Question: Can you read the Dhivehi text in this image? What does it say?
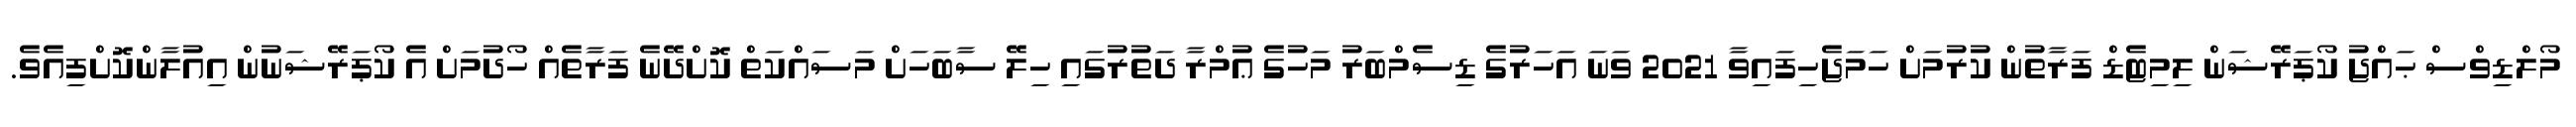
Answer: މޯލްޑިވްސް ޙައްޖު ކޯޕަރޭޝަން ލިމިޓެޑް ފަރާތުން ކުރުމަށް ހަމަޖެހިފައިވާ 2021 ވަނަ އަހަރުގެ ޑިސެމްބަރު މަހުގެ ޢުމްރާ ދަތުރުގައި ހިލޭ ސާބަހަށް މަސައްކަތް ކޮށްދޭނެ ފަރާތެއް ހޯދުމަށް އެ ކޯޕަރޭޝަނުން އިއުލާންކޮށްފިއެވެ.